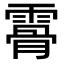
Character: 𩄨